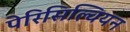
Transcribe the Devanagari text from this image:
पेरिसिल्वियन